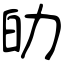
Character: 劰